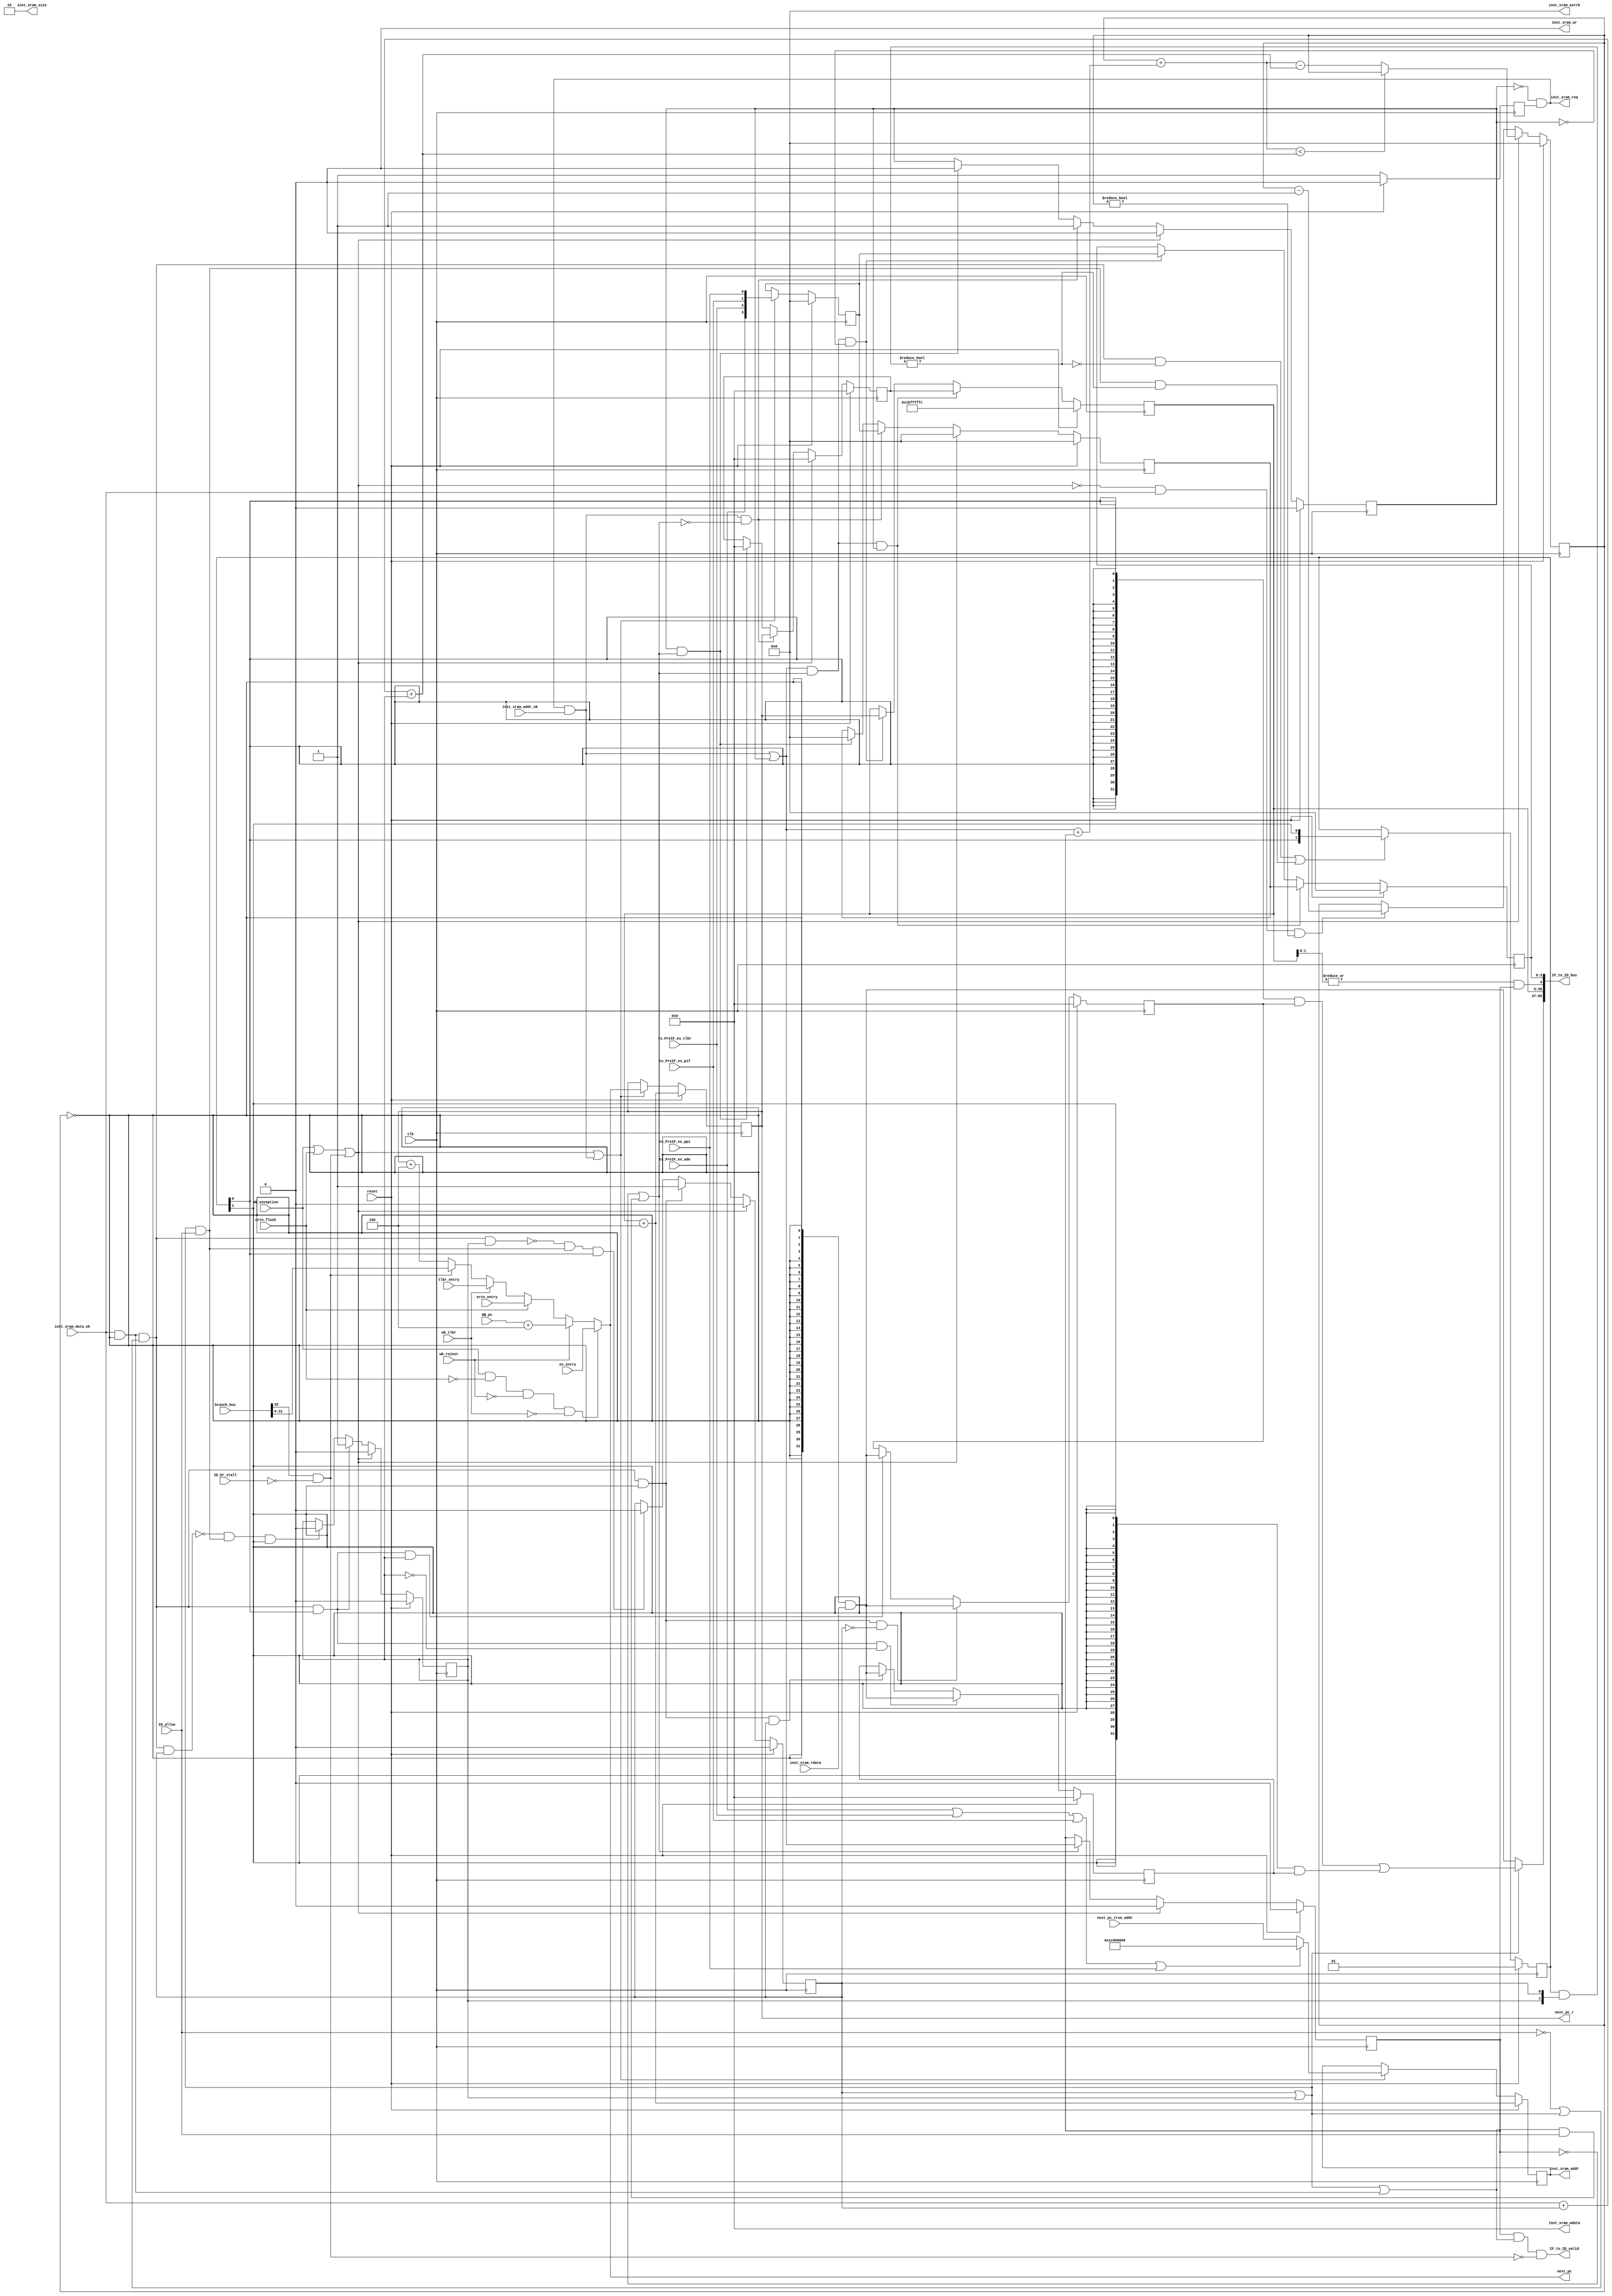
module IF_stage(
    input wire clk,
    input wire reset,
    input wire ID_allow,
    input wire [32:0] branch_bus,
    
    input wire WB_exception,
    input wire ertn_flush,
    input wire wb_reinst,
    input wire wb_tlbr,
    input wire [31:0] ertn_entry,
    input wire [31:0] ex_entry,
    input wire [31:0] tlbr_entry,
    input wire [31:0] WB_pc,
    
    output wire IF_to_ID_valid,
    output wire [68:0] IF_to_ID_bus,
    /**
    output wire        inst_sram_en,
    output wire [3:0]  inst_sram_we,
    output wire [31:0] inst_sram_addr,
    output wire [31:0] inst_sram_wdata
    **/
    output wire       inst_sram_req,
    output wire       inst_sram_wr,
    output wire [1:0] inst_sram_size,
    output wire [3:0] inst_sram_wstrb,
    output wire [31:0]inst_sram_addr,
    output wire [31:0]inst_sram_wdata,
    input  wire       inst_sram_addr_ok,
    input  wire       inst_sram_data_ok,
    input  wire [31:0]inst_sram_rdata,
    
    input  wire       ID_br_stall,

    output wire [31:0] next_pc,
    input  wire [31:0] next_pc_true_addr,

    input  wire        to_PreIF_ex_ade,
    input  wire        to_PreIF_ex_tlbr,
    input  wire        to_PreIF_ex_pif,
    input  wire        to_PreIF_ex_ppi,
    output reg [31:0]  next_pc_r
);
    wire        branch_valid;
    wire        branch_judge;//ۺbranch_validID_br_stall??

    assign      branch_judge = branch_valid && ~ID_br_stall;

    wire        pre_IF_exception;
    wire [3:0]  pre_IF_exception_bus;
    reg  [3:0]  pre_IF_exception_bus_r;
    reg  [3:0]  pre_IF_block_exception_bus_r;
    reg  [3:0]  IF_exception_bus_r;

    assign pre_IF_exception_bus = {to_PreIF_ex_ade , to_PreIF_ex_tlbr , to_PreIF_ex_pif , to_PreIF_ex_ppi};
//pre-IF

    wire        preIF_go;
    wire        preIF_to_IF_valid;
    wire        addr_succ;
    wire [31:0] pc_4;
    wire [31:0] branch_pc;

    assign addr_succ = inst_sram_req & inst_sram_addr_ok;
    assign pc_4 = next_pc_r + 3'd4;
    assign next_pc = (WB_exception && !ertn_flush && !wb_reinst && !wb_tlbr) ? ex_entry:
                      wb_reinst ? (WB_pc + 3'd4) :
                      ertn_flush ? ertn_entry :
                      wb_tlbr ? tlbr_entry :
                      branch_judge ? branch_pc : pc_4;
//exp14 reg
    reg [31:0]  next_pc_true_addr_r;//next_pc_true_addr
    reg         next_pc_has_r;
    always @(posedge clk) begin
        if(reset) begin
            next_pc_r <= IF_pc + 3'd4;
            next_pc_true_addr_r <= IF_pc + 3'd4;
            pre_IF_exception_bus_r <= 4'd0;
        end else if(WB_exception || ertn_flush || branch_judge || addr_succ) begin//쳣ȡָɹȡָ͸pc
            next_pc_r <= next_pc;
            next_pc_true_addr_r <= (pre_IF_exception ? (32'h1c000000) : next_pc_true_addr);//mmu쳣ʹtrue_addr
            pre_IF_exception_bus_r <= pre_IF_exception_bus;//mmu쳣ʹtrue_addr
        end
    end 

    //next_pc_rֻеgoʱŻȡָ
    always @(posedge clk) begin
        if(reset) begin
            next_pc_has_r <= 1'd0;
        end else begin
            next_pc_has_r <= 1'd1;
        end
    end   

    reg [31:0]  pre_IF_inst_pc;
    reg         pre_IF_inst_pc_has_r;

    always @(posedge clk) begin
        if(reset) begin
            pre_IF_inst_pc <= 32'd0;
            pre_IF_inst_pc_has_r <= 1'd0;
            pre_IF_block_exception_bus_r <= 4'd0;
        end else if(WB_exception || ertn_flush || branch_judge) begin//has_rҲ൱validź
            pre_IF_inst_pc <= 32'd0;
            pre_IF_inst_pc_has_r <= 1'd0;
            pre_IF_block_exception_bus_r <= 4'd0;
        end else if(addr_succ && ~IF_allow) begin
            pre_IF_inst_pc <= next_pc_r;
            pre_IF_inst_pc_has_r <= 1'd1;
            pre_IF_block_exception_bus_r <= pre_IF_exception_bus_r;
        end else if(pre_IF_inst_pc_has_r && IF_allow) begin
            pre_IF_inst_pc <= 32'd0;
            pre_IF_inst_pc_has_r <= 1'd0;
            pre_IF_block_exception_bus_r <= 4'd0;
        end
    end

    assign preIF_go  = addr_succ || pre_IF_inst_pc_has_r;//ֻҪɹ˾??ǰ
    assign preIF_to_IF_valid = preIF_go;//ע⣬쳣תеvalidΪÿ??ĵ???ȻΪе??

//IF
    wire [31:0]     get_true_inst;//cancel_countΪ0ʱȡָĬΪȫ??
    wire            data_succ;//dataɹȡ
    reg  [31:0]     IF_pc;
    reg  [3:0]      cancel_cnt_r;//¼??Ҫȡָ
    reg             IF_valid;
    wire            IF_go;
    wire            IF_allow;

    wire [31:0]     IF_inst;

    assign data_succ = inst_sram_data_ok && (cancel_cnt_r == 2'd0);
    assign get_true_inst = {32{!cancel_cnt_r}} & inst_sram_rdata;
    always @(posedge clk) begin
        if(reset) begin
            IF_valid <= 1'd0;
        end else if(WB_exception || ertn_flush || branch_judge) begin
            IF_valid <= 1'd0;
        end else if(IF_allow) begin
            IF_valid <= preIF_to_IF_valid;
        end

        if(reset) begin
            IF_pc <= 32'h1bfffffc;
            IF_exception_bus_r <= 4'd0;
        end else if(preIF_to_IF_valid && IF_allow && pre_IF_inst_pc_has_r) begin
            IF_pc <= pre_IF_inst_pc;
            IF_exception_bus_r <= pre_IF_block_exception_bus_r;
        end else if(preIF_to_IF_valid && IF_allow && !pre_IF_inst_pc_has_r) begin
            IF_pc <= next_pc_r;
            IF_exception_bus_r <= pre_IF_exception_bus_r;
        end
    end

    ////IF
    reg  [1:0]      IF_inst_fifo_addr;
    reg  [31:0]     IF_inst_fifo [1:0];
    reg             IF_inst_fifo_valid [1:0];
    wire            write_fifo;
    wire            read_fifo;
    wire            addr_valid;
    
    wire [31:0]     IF_inst_r;//IFĻָ
    wire            IF_inst_has_r;//IFǷָ
    
    assign write_fifo = data_succ && (~ID_allow || IF_inst_has_r);
    assign read_fifo = IF_inst_has_r && ID_allow;
     always @(posedge clk) begin
        if(reset) begin
            IF_inst_fifo_valid[0] <= 1'd0;
        end else if(WB_exception || ertn_flush || branch_judge) begin
            IF_inst_fifo_valid[0] <= 1'd0;
        end else if(write_fifo && IF_inst_fifo_addr[1]) begin
            IF_inst_fifo_valid[0] <= 1'd1;
        end else if(!(write_fifo && IF_inst_fifo_valid[1]) && read_fifo && IF_inst_fifo_addr[0]) begin//fifoҵ??Ϊң??ûдfifo
            IF_inst_fifo_valid[0] <= 1'd0;
        end
    end
    
    always @(posedge clk) begin
        if(reset) begin
            IF_inst_fifo_valid[1] <= 1'd0;
        end else if(WB_exception || ertn_flush || branch_judge) begin
            IF_inst_fifo_valid[1] <= 1'd0;
        end else if(write_fifo && IF_inst_fifo_addr[0]) begin//fifoҵ??Ϊң??ûдfifo
            IF_inst_fifo_valid[1] <= 1'd1;
        end else if(!(write_fifo && IF_inst_fifo_valid[0]) && read_fifo && IF_inst_fifo_addr[1]) begin
            IF_inst_fifo_valid[1] <= 1'd0;
        end
    end
    
    assign addr_valid = ((IF_inst_fifo_addr & {IF_inst_fifo_valid[1],IF_inst_fifo_valid[0]}) != 2'd0);
    always @(posedge clk) begin
        if(reset) begin
            IF_inst_fifo_addr <= 2'd1;
        end else if((write_fifo && !addr_valid) || (read_fifo && addr_valid) ) begin
            IF_inst_fifo_addr <= {IF_inst_fifo_addr[0],IF_inst_fifo_addr[1]};
        end
    end
    
    always @(posedge clk) begin
        if(reset) begin
            IF_inst_fifo[0] <= 32'd0;
        end else if(write_fifo && IF_inst_fifo_addr[1] && !IF_inst_fifo_valid[0]) begin
            IF_inst_fifo[0] <= get_true_inst;
        end else if(write_fifo && IF_inst_fifo_addr[0] &&  IF_inst_fifo_valid[1]) begin
            IF_inst_fifo[0] <= get_true_inst;
        end
    end
    
     always @(posedge clk) begin
        if(reset) begin
            IF_inst_fifo[1] <= 32'd0;
        end else if(write_fifo && IF_inst_fifo_addr[0] && !IF_inst_fifo_valid[1]) begin
            IF_inst_fifo[1] <= get_true_inst;
        end else if(write_fifo && IF_inst_fifo_addr[1] &&  IF_inst_fifo_valid[0]) begin
            IF_inst_fifo[1] <= get_true_inst;
        end
    end
    //дfifo??ΪҲЧȻдߵ??ΪҵǱЧôҿ϶ҲЧдҲҪд
    
    assign IF_inst_has_r = IF_inst_fifo_valid[0] || IF_inst_fifo_valid[1];
    assign IF_inst_r     = {32{IF_inst_fifo_addr[0]}} & IF_inst_fifo[0] | 
                           {32{IF_inst_fifo_addr[1]}} & IF_inst_fifo[1] ;
    /////////
    wire [3:0]  add_cancel_cnt;
    wire [3:0]  sub_cancel_cnt;
    wire [3:0]  next_cancel_cnt;
    wire [3:0]  true_cancel_cnt;
    assign add_cancel_cnt   = (addr_succ || pre_IF_inst_pc_has_r) + IF_valid;
    assign sub_cancel_cnt   = inst_sram_data_ok + IF_inst_fifo_valid[0] + IF_inst_fifo_valid[1];
    assign next_cancel_cnt  = cancel_cnt_r + add_cancel_cnt - sub_cancel_cnt;
    assign true_cancel_cnt  = (cancel_cnt_r + add_cancel_cnt < sub_cancel_cnt) ? cancel_cnt_r : next_cancel_cnt;
    always @(posedge clk) begin
        if(reset) begin
            cancel_cnt_r <= 2'd0;
        end else if((WB_exception || ertn_flush || branch_judge))begin//
            cancel_cnt_r <= true_cancel_cnt;
        end else if(!(WB_exception || ertn_flush || branch_judge) && inst_sram_data_ok && cancel_cnt_r != 2'd0) begin
            cancel_cnt_r <= cancel_cnt_r - 2'd1;
        end
    end

    assign IF_go = IF_inst_has_r || data_succ;
    assign IF_allow = ~IF_valid || IF_go && ID_allow;
    assign IF_to_ID_valid = IF_valid && IF_go && ~branch_judge;

    wire   IF_pc_except;
    assign IF_pc_adef = (|IF_pc[1:0]) & IF_valid;
    assign pre_IF_exception = (to_PreIF_ex_ade || to_PreIF_ex_tlbr || to_PreIF_ex_pif || to_PreIF_ex_ppi);
    //mmu쳣0x1c000000һϷַ
    
    assign IF_inst = IF_inst_has_r ? IF_inst_r : get_true_inst;//
    assign {branch_valid,branch_pc} = branch_bus;
    assign IF_to_ID_bus = {IF_inst,IF_pc,IF_pc_adef,IF_exception_bus_r};
    
    assign inst_sram_size   = 2'b10;
    assign inst_sram_req    = ~pre_IF_inst_pc_has_r && next_pc_has_r;//next_pc_rȡָ
    assign inst_sram_wr     = 1'd0;
    assign inst_sram_wstrb  = 4'd0;
    assign inst_sram_addr   = next_pc_true_addr_r;
    assign inst_sram_wdata  = 32'd0;
endmodule